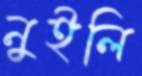
নুইলি